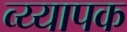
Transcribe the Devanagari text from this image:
व्य्यापक